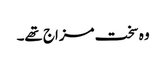
وہ سخت مزاج تھے۔